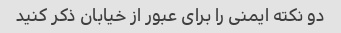
دو نکته ایمنی را برای عبور از خیابان ذکر کنید